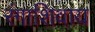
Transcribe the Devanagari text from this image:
रंगाशिवाय